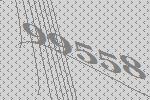
99558